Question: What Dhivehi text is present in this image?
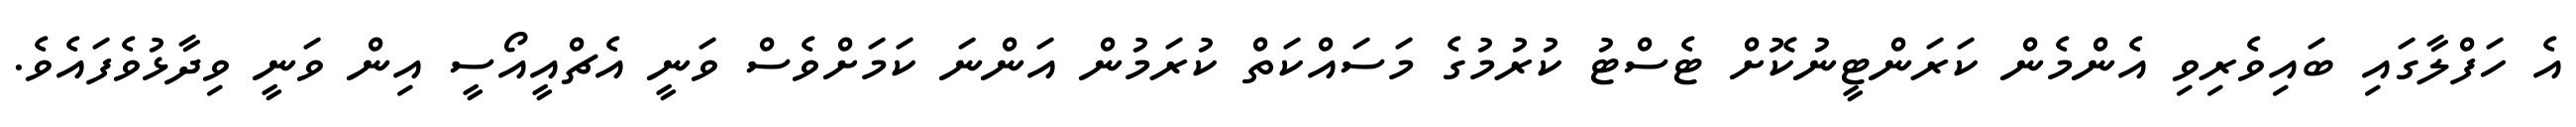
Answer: އެ ހަފްލާގައި ބައިވެރިވި އެންމެން ކަރަންޓީނުކޮށް ޓެސްޓު ކުރުމުގެ މަސައްކަތް ކުރަމުން އަންނަ ކަމަށްވެސް ވަނީ އެޗްއީއޯސީ އިން ވަނީ ވިދާޅުވެފައެވެ.